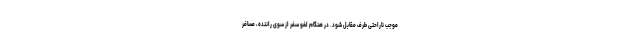
موجب ناراحتی طرف مقابل شود. در هنگام لغو سفر از سوی راننده، مسافر